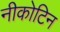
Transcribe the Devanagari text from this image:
नीकोटिन